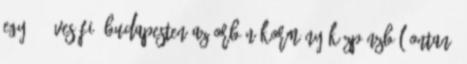
egy 16 éves fiú Budapesten Az Orbán-kormány közpénzből ontaná